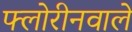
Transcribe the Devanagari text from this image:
फ्लोरीनवाले